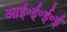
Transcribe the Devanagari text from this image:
आई॰ई॰ई॰ई